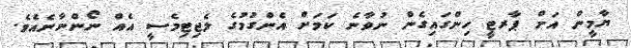
ޔާމީން އަށް ޕާރޓީ ހިންގައިގެން ނުވާނެ ކަމަށް އެންގުމުގެ ލެޖިޓިމެސީ އެއް ނޯންނާނެއެވެ.